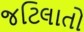
જટિલાતો